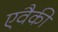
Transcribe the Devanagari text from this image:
एवैकी